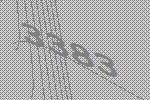
3383